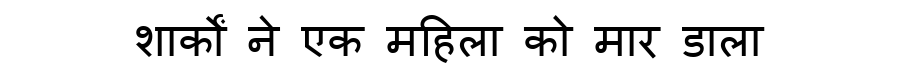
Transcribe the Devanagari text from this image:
शार्कों ने एक महिला को मार डाला